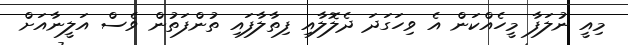
މިއީ ނުލަފާ މީހެއްކަން އެ ވިހަގަދަ ދެލޮލާއި ފިތާލާފައި ތުންފަތުން ވެސް އަލީނާއަށް